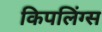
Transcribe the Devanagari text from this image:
किपलिंग्स